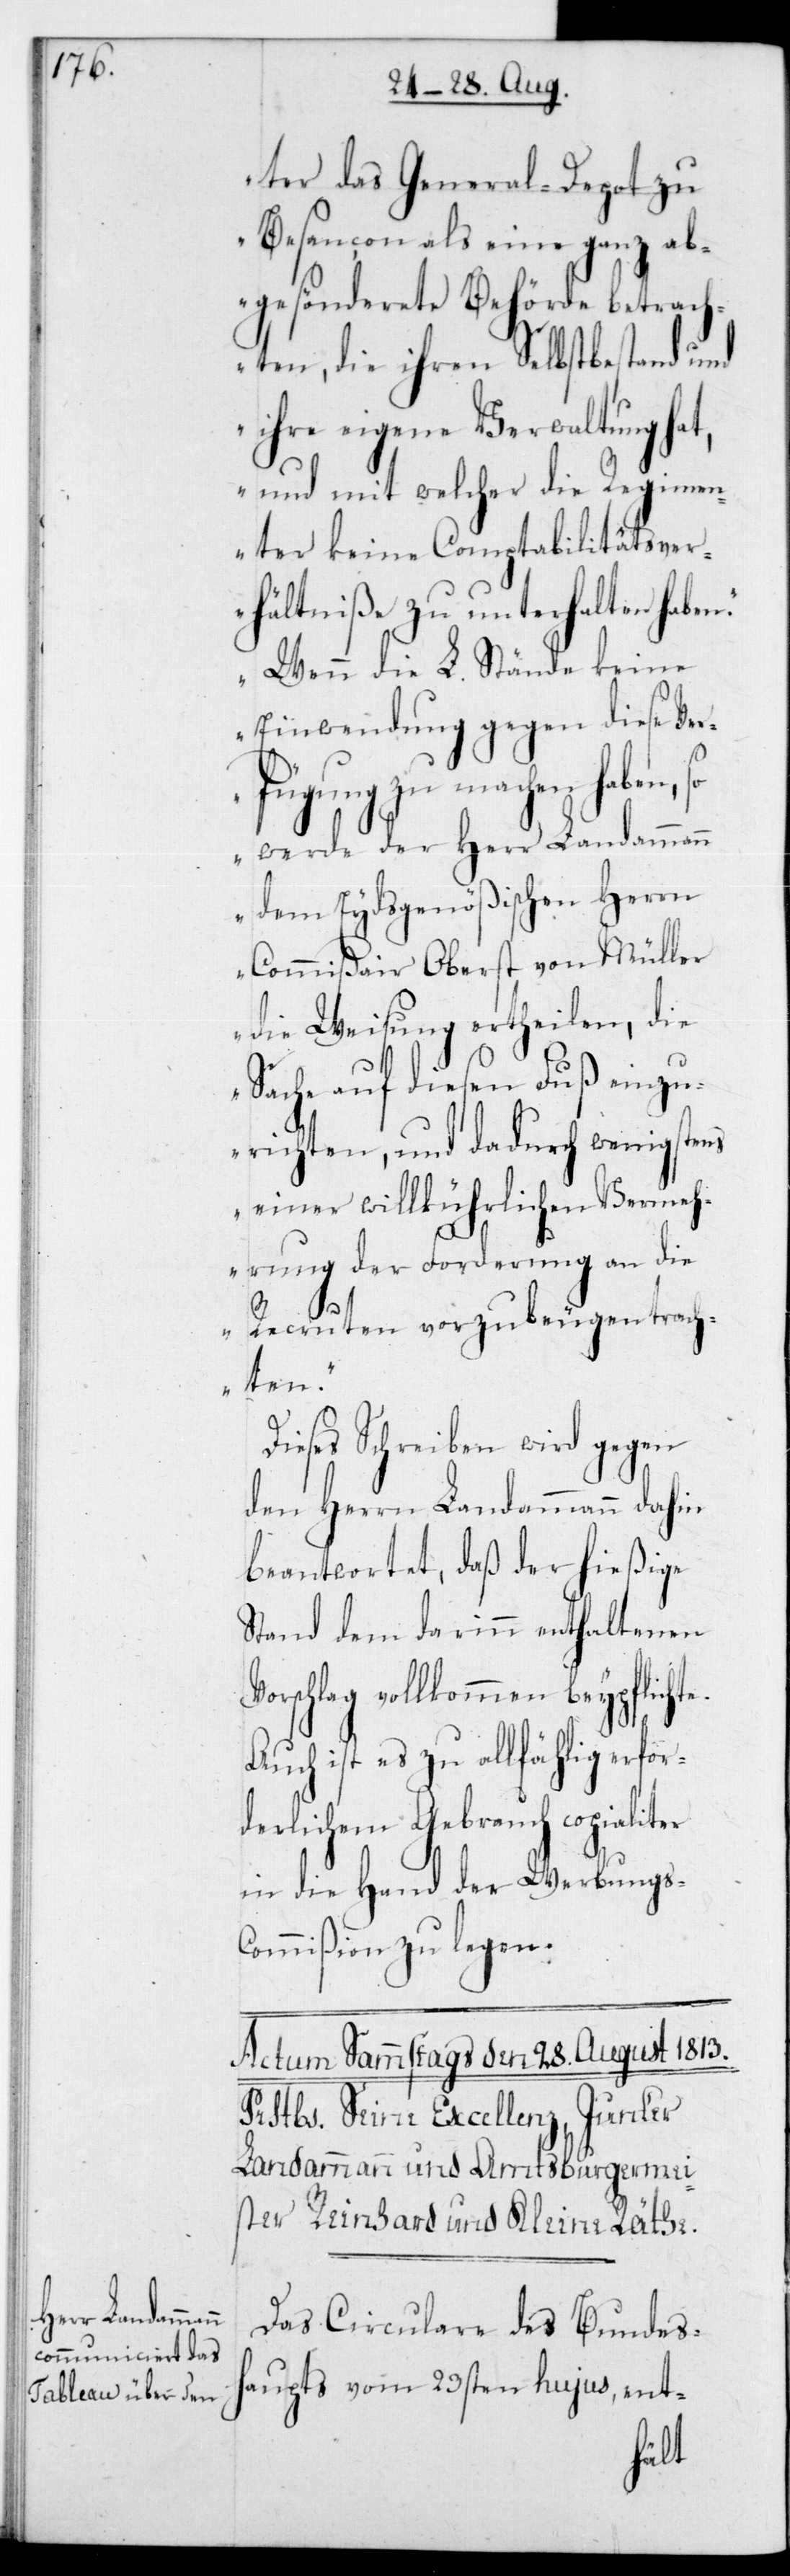
ter das General-Depot zu
Besançon als eine ganz ab¬
gesönderete Behörde betracht¬
en, die ihren Selbstbestand und
ihre eigene Verwaltung hat,
und mit welcher die Regimen¬
ter keine Comptabilitäts-Ver¬
hältniße zu unterhalten haben.
Wenn die L. Stände keine
Einwendung gegen diese Ver¬
fügung zu machen haben,
so werde der Herr Landammann
dem Eydsgenößischen Herrn
Commißair Oberst von Müller
die Weisung ertheilen, die
Sache auf diesen Fuß einzu¬
richten, und dadurch wenigstens
einer willkührlichen Vermeh¬
rung der Forderung an die
Recruten vorzubeugen trach¬
ten.“
ter
Dieses Schreiben wird gegen
den Herrn Landammann dahin
beantwortet, daß der hießige
Stand dem darinn enthaltenen
orschlag vollkommen beypflicht¬
Auch ist es zu allfählig erfor¬
derlichem Gebrauch copiali¬
in die Hand der Werbungs-C¬
ommißion zu legen.
Das Circulare des Bundes¬
haupts vom 23sten hujus, ent-